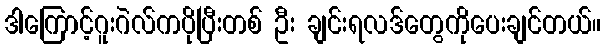
ဒါကြောင့်ဂူးဂဲလ်ကပိုပြီးတစ် ဦး ချင်းရလဒ်တွေကိုပေးချင်တယ်။